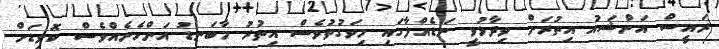
ރައީސް އަންޝައު އިތުރަށް ވިދާޅުވީ ނަޑެއްލާގައި މިވަގުތުވެސް އިތުރު މާބަނޑު އަންހެނެއްވެސް ކޮވިޑަށް